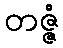
တဇ္ဇံ